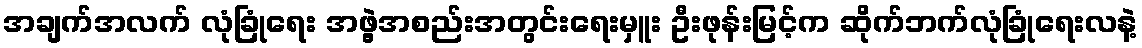
အချက်အလက် လုံခြုံရေး အဖွဲ့အစည်းအတွင်းရေးမှူး ဦးဖုန်းမြင့်က ဆိုက်ဘက်လုံခြုံရေးလနဲ့